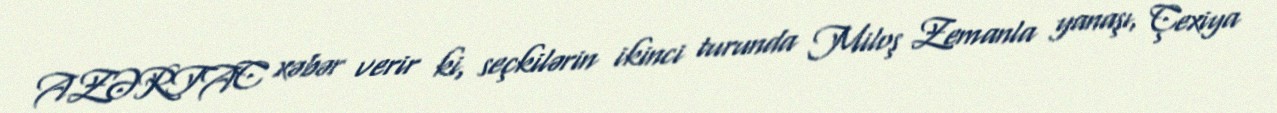
AZƏRTAC xəbər verir ki, seçkilərin ikinci turunda Miloş Zemanla yanaşı, Çexiya